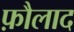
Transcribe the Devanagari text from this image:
फ़ौलाद